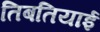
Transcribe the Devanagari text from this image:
तिबतियाई